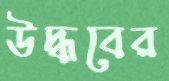
উদ্ধবের